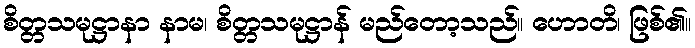
စိတ္တသမုဋ္ဌာနာ နာမ၊ စိတ္တသမုဋ္ဌာန် မည်တော့သည်။ ဟောတိ၊ ဖြစ်၏။